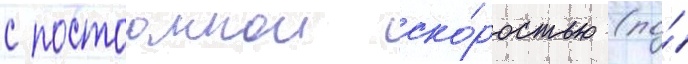
с постоаннои ско́ростью (по́